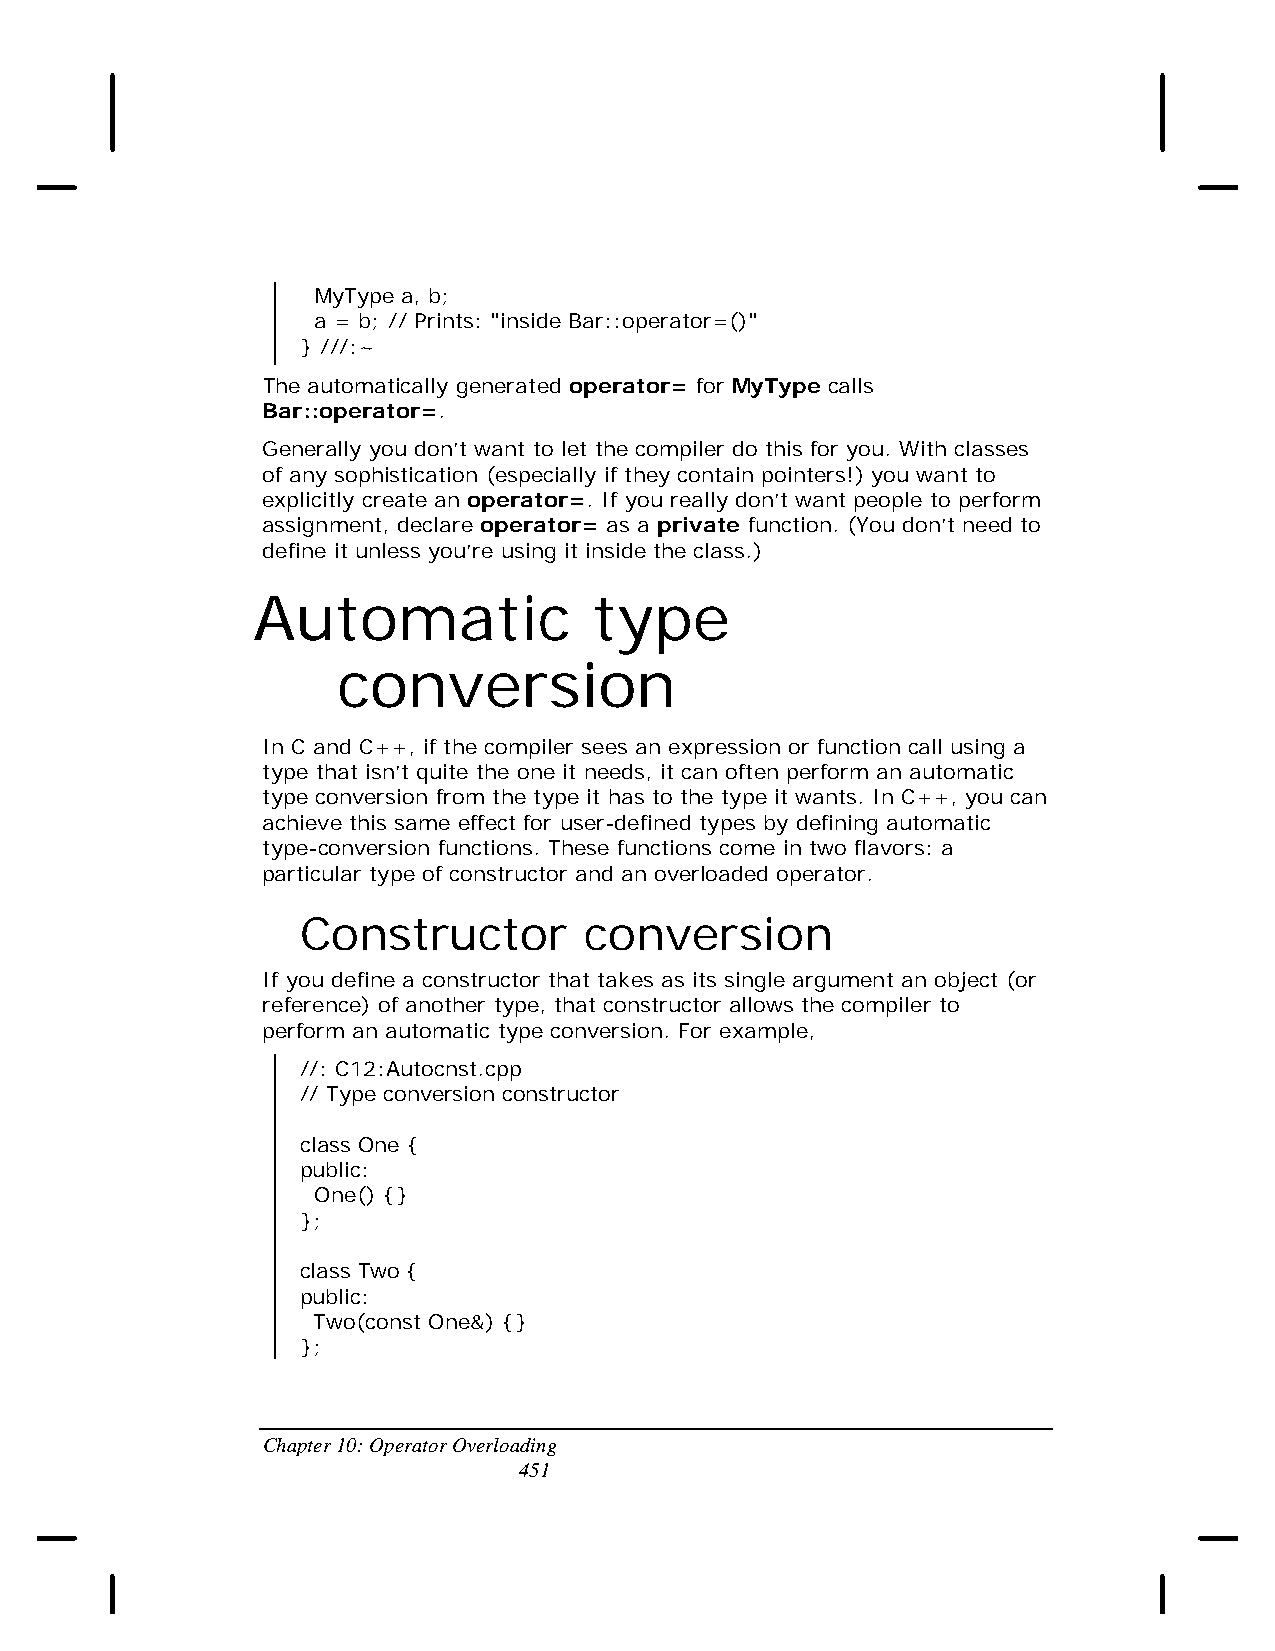
MyType a, b;
 a = b; // Prints: "inside Bar::operator=()"
 } ///:~
 The automatically generated operator= for MyType calls
 Bar::operator=.
 Generally you don’t want to let the compiler do this for you. With classes
 of any sophistication (especially if they contain pointers!) you want to
 explicitly create an operator=. If you really don’t want people to perform
 assignment, declare operator= as a private function. (You don’t need to
 define it unless you’re using it inside the class.)
 Automatic             type
 conversion
 In C and C++, if the compiler sees an expression or function call using a
 type that isn’t quite the one it needs, it can often perform an automatic
 type conversion from the type it has to the type it wants. In C++, you can
 achieve this same effect for user-defined types by defining automatic
 type-conversion functions. These functions come in two flavors: a
 particular type of constructor and an overloaded operator.
 Constructor        conversion
 If you define a constructor that takes as its single argument an object (or
 reference) of another type, that constructor allows the compiler to
 perform an automatic type conversion. For example,
 //: C12:Autocnst.cpp
 // Type conversion constructor
 class One {
 public:
 One() {}
 };
 class Two {
 public:
 Two(const One&) {}
 };
 Chapter 10: Operator Overloading
 451